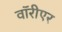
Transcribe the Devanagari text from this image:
वॉरीएर